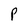
Character: P